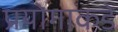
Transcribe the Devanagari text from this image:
प्रयोगाकडे